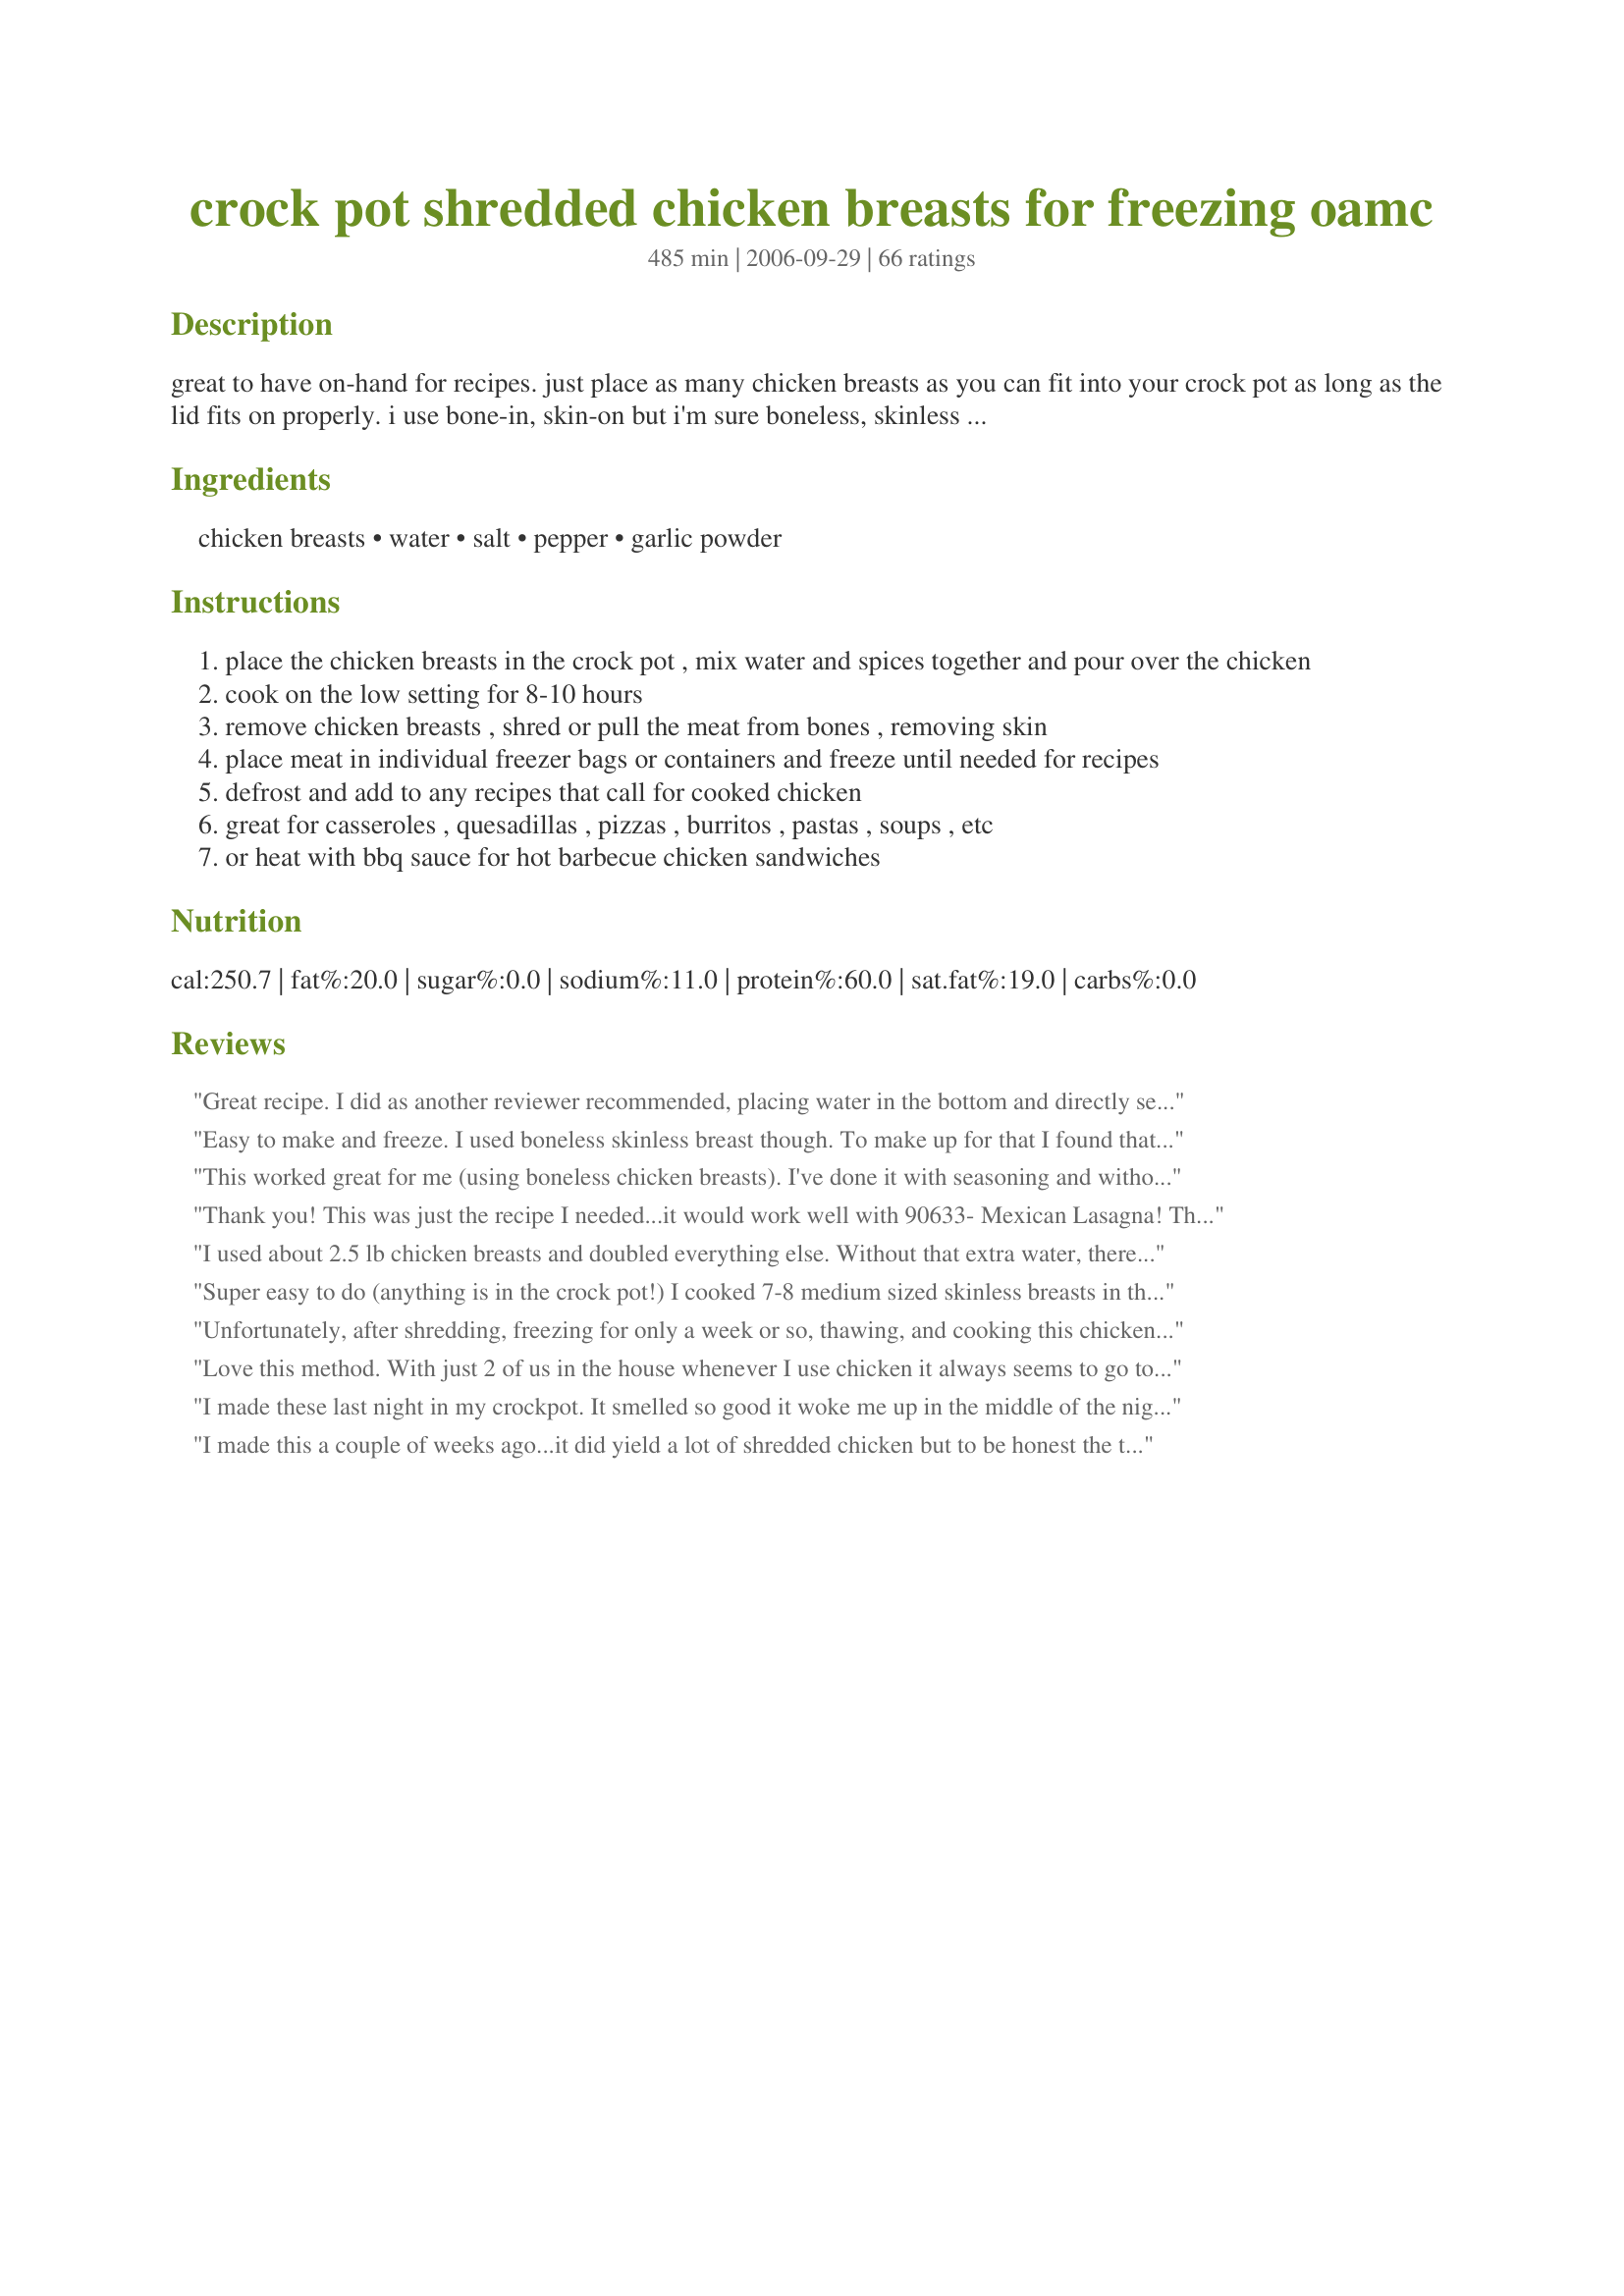
crock pot shredded chicken breasts for freezing oamc
Preparation time: 485 minutes

great to have on-hand for recipes. just place as many chicken breasts as you can fit into your crock pot as long as the lid fits on properly. i use bone-in, skin-on but i'm sure boneless, skinless would work too.

Ingredients:
chicken breasts, water, salt, pepper, garlic powder

Steps:
place the chicken breasts in the crock pot , mix water and spices together and pour over the chicken
cook on the low setting for 8-10 hours
remove chicken breasts , shred or pull the meat from bones , removing skin
place meat in individual freezer bags or containers and freeze until needed for recipes
defrost and add to any recipes that call for cooked chicken
great for casseroles , quesadillas , pizzas , burritos , pastas , soups , etc
or heat with bbq sauce for hot barbecue chicken sandwiches

Reviews:
Great recipe. I did as another reviewer recommended, placing water in the bottom and directly seasoning the chicken, differing only in the fact that I added onion powder as well. It turned out great. I used some straight out of the pot into chicken enchiladas and it practically shredded itself! I'll be using this recipe again and again!
Easy to make and freeze. I used boneless skinless breast though. To make up for that I found that adding a drizzle of olive oil and 1/2 tsp of chicken broth base imparts a better flavor. Thanks!
This worked great for me (using boneless chicken breasts). I've done it with seasoning and without. I add a little of the water from cooking back into the chicken to keep it moist. Very convienient to have shredded chicken in the freezer!
Thank you! This was just the recipe I needed...it would work well with 90633- Mexican Lasagna! <br/>Thank you for posting!!<br/><br/>Update - it also was great tonight with Chicken Noodle Soup (20755)!
I used about 2.5 lb chicken breasts and doubled everything else. Without that extra water, there was no liquid for it to cook in since I have a very large crock pot. With the extra water, the top of each piece of chicken looked dry when it was done cooking, but it did not taste dry. Great flavor, very useful. Thanks!
Super easy to do (anything is in the crock pot!) I cooked 7-8 medium sized skinless breasts in the crock pot (sorry don't have an exact # of pounds I used) and 4-5hrs into cooking on low hubby stole 3 of the breasts for chicken Fajita's (they were already cooked through, but not ready to shred) they were delish. 8-9hrs later I shredded the rest and packaged it up. I have not used it in anything yet, and don't know how well it freezes or thaws. But based on flavor I think I might double everything next time. I made it as its other then adding 1/4 teaspoon of onion powder.
Unfortunately, after shredding, freezing for only a week or so, thawing, and cooking this chicken, the result tasted terrible. I tried it in two recipes. The first one tasted so bad (freezer burned, maybe?) that neither myself nor my husband could finish our meal. The second time I used it I tried drowning it in Buffalo sauce, which made it at least edible for me, but my husband gagged when he tasted it. I am wondering if some of the positive reviews were written by people who had not tried it after freezing and thawing. The texture was dry, but I was somewhat expecting that when I made it. The flavor is what I object to. The only thing I can think of to compare it to is the taste of Thanksgiving turkey after it has been in the refrigerator for several days. I know it was not the chicken's fault, because it was purchased at the store just the day before, not past date, and I grilled some of the very same batch of raw chicken, diced it, and froze it, and it tasted fine after it was thawed and reheated. I am not sure if the problem was with the method of cooking it in a crock pot, or if cooked shredded chicken should just not be frozen. I suspect the latter, because I think I tasted a bite before freezing it and it tasted fine. I only wish I hadn't made 10 quart bags of the stuff. :( Tweaks: I used boneless skinless breasts, and instead of adding seasonings and using plain water I used some already-seasoned brine for the liquid. Also, I cooked it on high for the first hour or so before switching to low.
Love this method. With just 2 of us in the house whenever I use chicken it always seems to go to waste specially when shredded. This was simple and I was able to use half of it for dinner and have frozen the rest. Now anxious to see the end results from the freezer. I&#039;m sure I&#039;ll be using this one a lot as we love chicken in this house.
I made these last night in my crockpot. It smelled so good it woke me up in the middle of the night. I followed the recipe exactly exept for I added chicken boullion to the 1/2 c. water for a nice broth. I used 10 chicken breasts skin on with the bone in. It fell apart this morning as I portioned it. I got 12 cups of chicken. Portioned it in 2 c. freezer bags. I strained the broth and refrigerated it so I can skim off the fat. I will freeze the broth for a later use. This was so easy I thank you for such a great idea. I will do this again and again.
I made this a couple of weeks ago...it did yield a lot of shredded chicken but to be honest the texture was not at all pleasing, to the point where I actually wouldn&#039;t eat it. Chicken breast is very prone to overcooking and becoming chewy and dry and I found that following the recommended method and times of this recipe, the chicken turned out very chewy and sort of dry too. YMMV, but I won&#039;t be doing it again.
I put a little over 10 lbs of split chicken breasts in my 6 qt crockpot for 8 hours & it worked great. The easy part was cooking it, the labor intensive part is shredding & bagging it all! (but it will make future cooking so much quicker/easier!) I ended up with 20 cups of shredded chicken (after a cup or two was eaten in the shredding process).
I have done this for years. I also do the same with shredded beef and pork. I have added it to yellow mexican rice for burritoes, chili, bbQ sauce for sandwiches, you name it! Excellent recipe.
I love this recipe! I make a batch 2x a month. Use some for that nights dinner and freeze the rest for later. It makes busy weekday night meals so much easier! I always make it with chicken broth. Just made Easy Creamy Sour Cream Chicken Casserole recipe (from this site) with this chicken, which made it super fast and easy. So many ways to use this in a variety of recipes. Highly recommend!
After reading other reviews I cooked this on high for 3.5 hours. It worked well but I had to move the chicken around after about 2 hours as the inner pieces were not cooking as quickly as those on the outside (my crockpot). Cooking on high resulted in chicken with a bit more texture - not so &quot;fall apart&quot; yet well cooked and delicious - exactly why I did it. I&#039;ll stash this in the freezer and use this for so many recipes - Thanks Babzy!
I used boneless, skinless with broth instead of water. It came in handy for the buffalo chicken dip recipe I was making, but the chicken was VERY DRY! Probably, your bone in, skin on would have been better.
This was quick and easy. I put them in the crockpot before I went to bed and when I got up, all I had to do was shred and pop it in the freezer. A great time saver.
Stacy
This is SUCH a versatile recipe. There's nothing better than walking in after a long day at work and smelling the chicken waiting for me. :)
I can't believe I haven't reviewed this recipe yet! This has been a lifesaver! I do this once a month and freeze 2 cup portions. We use this for our weekly Mexican night - enchiladas, quesadillas, you name it. It turns out perfectly every time. So tender, great flavor. A huge hit at my house! Thank you SO MUCH for this time-saver!
WONDERFUL!!!! This is going to make weeknight recipes so much easier! I just finished packing my ziplocs & placing them in the freezer. I don't like it when people review a recipe without following it exactly, so I did my best, Costco was sold out of breasts so I had to go with thighs. That's the only change. It was SO EASY and it really did just fall off the bone, so there was very little labour involved. Thanks so much Babzy!!!!<br/><br/>*Update=I think I've found the perfect marriage for this recipe. I used it in Food Network's Chicken Tetrazzini By Jubal Harshaw from this site. It's the highest rated recipe on foodnetwork.com & this chicken is meant for it!
I cooked 7 drumsticks in my 3qt crock pot. I've never had an easier time parting meat from bone! Excellent flavour too. I tossed all the ingredients directly into the bowl, put the lid on, set the pot to low and went to sleep. Got out of bed 9 hours later and best of all, had plenty of time to get ready for work still. Thanks for this!
Wonderful, quick and easy! I'll certainly be using this method again!
I've been using another bulk chicken recipe and will now have to alternate between them! I love the simplicity of this recipe and having lots of cooked chicken in my freezer again is wonderful.

Made for Spring PAC 2009.
This really couldn't be easier. While I'm sure you can fill the crockpot to the top, I did it with just 4 boneless skinless chicken thighs and it worked just fine. I opted to cook it on high for about 3 hours instead of cooking on low since 8 hours would have been in the middle of the night since I started it after work one evening. This is perfect for making cooked chicken for chicken salad or chicken divan.
I used 5 pounds of chicken tenders and doubled the ingredients. I cooked them in my crock pot for four hours and they were perfect. I will use this method more often.
This was so simple even for someone that did not feel like cooking today...I used chicken broth instead of water and added some salsa too...
So easy. Put in the crock pot before bed - put into the fridge the next morning and then shredded when cool. The only problem is my daughter who helps shred the chicken eats about as much as she shreds!
What an easy and great way to prepare for other meals. I have already used my shredded chicken in chicken and noodles, chicken enchilada casserole, quesadilla's and made chicken salad for a lunch. Makes meals a lot easier
This is a really great way to prepare chicken for so many uses! I used 6 large boneless skinless chicken breasts. With the shredded chicken, we made sandwiches and quesadillas. I also have enough left for 4 - 4 ounce packages for future use. I'm thinking on a salad. Thanks a lot Babzy!
This was really fantastic and super easy. I used only 1 lb. of chicken breast with the same amount of ingredients above but since I was using a very small crock pot I added about 1/2 cup of more water to just completely submerge the chicken. It only took about 4.5 hours on low to be done but I suspect it was due to the small quantity of chicken I used. I also liked that the spices were enough to make it not smell like I was just cooking raw meat in water. It's also a mild enough seasoning that the chicken can work with any sort of dish and not overpower it.
This was quick, easy, and delicious! I bought a package of 4 boneless/skinless chicken breasts and cooked them overnight for 9 hours. Like others, I also added onion powder. It was a breeze to shred with two forks and it yielded 3 1/2 cups of shredded chicken. I plan on freezing 2 cups for use with Tish's Cheese and Chicken Enchiladas (http://www.food.com/recipe/cheese-and-chicken-enchiladas-oamc-81115) and the other 1 1/2 cups for some undetermined meal in the future. Other reviewers were absolutely not kidding when they said it was difficult not to eat the chicken while you were shredding it! <br/><br/>Edited to add: I think this chicken would be GREAT in the Buffalo Chicken Wing recipe (http://www.food.com/recipe/buffalo-chicken-dip-79116).
Very versatile - very easy. I've made extra and frozen in portions- SOOOO convenient. This quickly absorbs the flavor of whatever you cook it with it.
I use this recipe at least once a month, and it makes my life so much easier. I use the shredded chicken in everything from enchiladas to chicken salad to empanadas to pasta bakes. Thank you!!!
I do this ALL the time for ease of prep on those days that I dont seem to have enough time to make anything. I usually just do them without seasoning, but I am sure they are great with it too!

Thanks!
Absolutely awesome!!!! I put 15 boneless, skinless chicken breasts (10 lbs) into my crockpot (filled it to the brim), doubled the rest of the ingredients and poured them over top. I cooked on the High setting for 4 hours. Chicken was done after 4 hours, but not as tender as I wanted, so I turned the crockpot to Low and let it cook for another hour (finished my movie). Chicken practically shredded itself. I got 10 sandwich baggies full of shredded chicken from my 10 lbs - plenty for when the baby comes.
I've made this a couple of times now with boneless skinless breasts (which makes the shredding/bagging so easy), also to freeze in preparation for a soon-to-arrive baby. And I love that my latest Cooking Light has more than one recipe calling for shredded rotisserie chicken breast. This is so much easier than picking the meat off a bird, not to mention less expensive! Thanks!
This turned out great! I used 3 full chicken breast and they barley fit in the crock pot, let alone hardly get wet, sitting in the 1/2 cup of water, what I thought was weird at first, but by the 8th hour the breast where floating in a delicious broth. Breast where done at 9 hours. I let the chicken cool on a platter, Then skinned, deboned, and shredded the chicken. Worked perfect. Thanks.
OH MY! This was good and easy. I added onion powder with the other spices. Thanks for a great easy recipe!
Great idea, second time I've used this method and I can think of about 20 dishes to put chunks of chicken in! I've sort of become like the character Bubba in Forrest Gump going around saying "chicken salad, bbq chicken sandwiches, chicken and rice, chicken quesidilla, chicken casserole, chicken-n-biscuits...lol! Thanks for sharing!
This was so simple, I can't believe I haven't done this before! I used four very large bone in/skin on chicken breasts, stuck them in my crock pot this morning, and by 5 they were perfect! I started using forks to pull it apart, once it cooled off I just used my fingers and it was great!! I yielded 4-2 cup baggies of shredded chicken! Thanks so much, I wish I knew about this before I had my kids when I worked all the time!! :)
My only change to this recipe was to use part water and part chicken broth, and I added some parsley to the seasonings. It was perfect to grab and make chicken divan and a chicken tetrazinni. Thanks so much for posting!
I am making this for the 3rd time today and it is always a hit with my family. I usually double the spices and water. We put them on buns and add BBQ sauce. So easy and tasty. Thanks.
I didn't realize I didn't post a review for this until I went to go find it in my cookbook. Excellent idea and flavor. I pick out my recipes in advance of packaging so I have the exact amount in each bag. Labeled accordingly. Thanks.
This was very good. How long will this keep in the freezer for? I'm having a baby in August and plan to do as much ahead of time as I can:)
This was a great recipe...although I combined the idea with another one I read somewhere. I used a 10 pound bag of leg quarters instead of breasts. Cooked all night, I let it cool down and after I picked all the bones out, I was left with 10 cups of meat (about 5 ounces each cup). This is perfect to make a few meals I want to put in the freezer today, including chicken fried rice. Thank you for the post.
I love this recipe/method for cooking shredded chicken! I used 3 skinless, bone-in breasts since I only needed 2 cups of shredded chicken for a recipe. I added the salt, pepper, and garlic powder without measuring, and included onion flakes since I wanted the onion flavor but couldn't find my onion powder. I cooked it on low for about 4 1/2 hours, and it came out perfect! The chicken was nice and juicy, and shredded easily. This recipe is definitely a keeper!
This worked out great. Thank you.
I used 7 or 8 boneless, skinless chicken breasts and they cooked 5 1/2 hours. It made about 6 cups. Now I have the chicken i need for several recipes I have found on Zaar that call for shredded chicken. 
Oh, I also added some minced garlic (I'm a garlic lover)
This recipe is GENIUS! I love using this for soups, enchiladas, and other recipes. I will be doing this 3-4 times a month! Thanks for sharing!
This is an awesome recipe! It just shows that simple can be delicious. I cooked about 7 large boneless and skinless chicken breasts for eight hours on low and the chicken was ready to be shredded perfectly. The chicken tastes awesome on its own. I used half of the shredded chicken for my Cheesy Chicken Enchiladas #455444 and it worked wonderfully. It is nice to know I have some more in the freezer to use later on when I need it. I am going to use this recipe often whenever chicken is on sale. Thanks for sharing such a keeper.
Not sure why I haven't reviewed this, because I've used it several times with good success. I season the chicken directly with the salt, pepper, and garlic, then add the water to the bottom of the crockpot. (The last batch I did was close to overdone at 8 hours, so next time I'll check at 7.) It's so great to have already cooked chicken on hand for a quick dinner. Thanks for posting!
This is great and will make weeknight meals much easier!! The amount of times I see &quot;shredded chicken&quot; in a recipe and then have to cook my 1-2 chicken breasts beforehand, then shred it.... the seasoning was perfect, the chicken fell apart it was so moist, and I probably ate a whole chicken breasts worth whilst bagging it up! Will definitely make this again.
This is a great recipe! This was so easy to make and is really versatile - tonight we had it with Recipe#294821 and it was a hit! Thanks for this time-saver!
Perfect!
Tried this today for the first time and it will now be the only way I will fix shredded chicken. Very easy and the flavors are wonderful. To be honest, I thought maybe this would be bland but it isn't at all!
The chicken turned out delicious and very, very tender. It was falling apart under the knife. I don't think it's very suitable for green types of salads, where you just throw chicken strips on top. It crumbles by just handling it. On the other hand, it would be amazingly good for a chicken pÃ¢tÃ©.
Super easy recipe. Used it in Recipe #240249 Easy Chicken Pot Pie. I'm sure I'll be able to find many other uses for it too. Thanks!
PurpleTurtle, thanks for the recipe and also for your love of turtles!!
Perfect! its amazing that such few ingredients could smell SO good while cooking! I used part of the chicken to make enchiladas and the rest of if to make chicken salad. This is so easy to make there is no reason for me not to have chicken on hand anymore.
I made this the other night. Bought two whole, organic chickens (4.5 and 5 lbs respectively) and had the butcher cut them into quarters. I put them in the crockpot just before going to bed and cooked them 9.5 hours by the time I got my daughter off to school in the morning and got myself fed and dressed. The two chickens just barely fit into my 5.5 quart crockpot. I used two forks to shred the meat, and it was just falling off the bones and falling apart into bits when I barely touched it. So easy. I got 13.5 cups of shredded chicken and almost 3.5 cups of broth (after chilling and discarding the fat). I bundled them into 2 cup ziplock bags and put 5 in the freezer for later and 2 in the fridge for this week. This is a great idea and I will definitely do this again. Tonight I used 1 cup of the meat to make a half-recipe of Recipe #219330 and I also used the broth, which gave it a wonderful flavor. The only thing I will do differently next time, is to sprinkle the seasonings over the chicken as I place each layer into the crockpot. Mixing it with the broth didn't work out that well, as a lot of it stayed in the measuring cup and didn't get mixed through to the chicken at the bottom.
I did as previous reviewers- put the 1/2 cup water in the bottom of the crock & seasoned the chicken dry. I didn't measure any of my spices, just dusted 20 thighs with onion powder, garlic powder, salt, & pepper. Next time I think I might dust a little heavier & cook for only 6-8 hours instead of 10...
Great chicken. Portioned it into 1 lb. bags and froze for later, I'll use it with pasta and sauce, and with salsa and rice, at least. And probably a million other ideas. Thanks Babzy!
Super easy and the chicken was so moist. Thanks!
I do this often with boneless skinless breasts. It works great and it is so handy to have cooked chicken in the freezer for quick weeknight meals.
This was great, I filled my 6qt crock pot with boneless skinless chicken breast. I also seasoned the chicken directly and then added the water. We used some right away for chicken salad sandwiches and I am freezing the rest of it in 2 cup packages. This will come in so handy when the baby arrives. I didn't trim the fat first but it was so easy to clean it up as I was chopping/shredding the chicken.
I haven't. Made it yet,but it looks so convenient to make many dishes.Looks good too.
Great way to plan ahead!
This recipe is easy and delicous! I cooked 18 boneless/skinless breasts in my crockpot from 9PM to 7AM. I added some chicken boullion and a little minced garlic. The chicken was fall apart tender! I used the broth the chicken made in a tortilla soup. Absolutely wonderful recipe~
